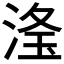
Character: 𣶳